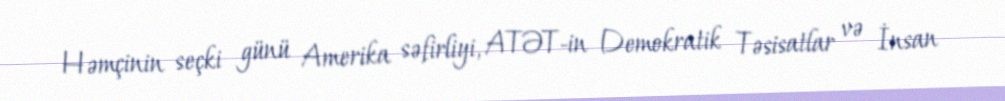
Həmçinin seçki günü Amerika səfirliyi, ATƏT-in Demokratik Təsisatlar və İnsan